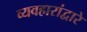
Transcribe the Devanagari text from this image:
व्यवहारांद्वारे